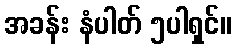
အခန်း နံပါတ် ၅ပါရှင်။